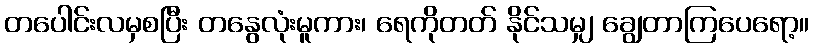
တပေါင်းလမှစပြီး တနွေလုံးမူကား၊ ရေကိုတတ် နိုင်သမျှ ချွေတာကြပေရော့။